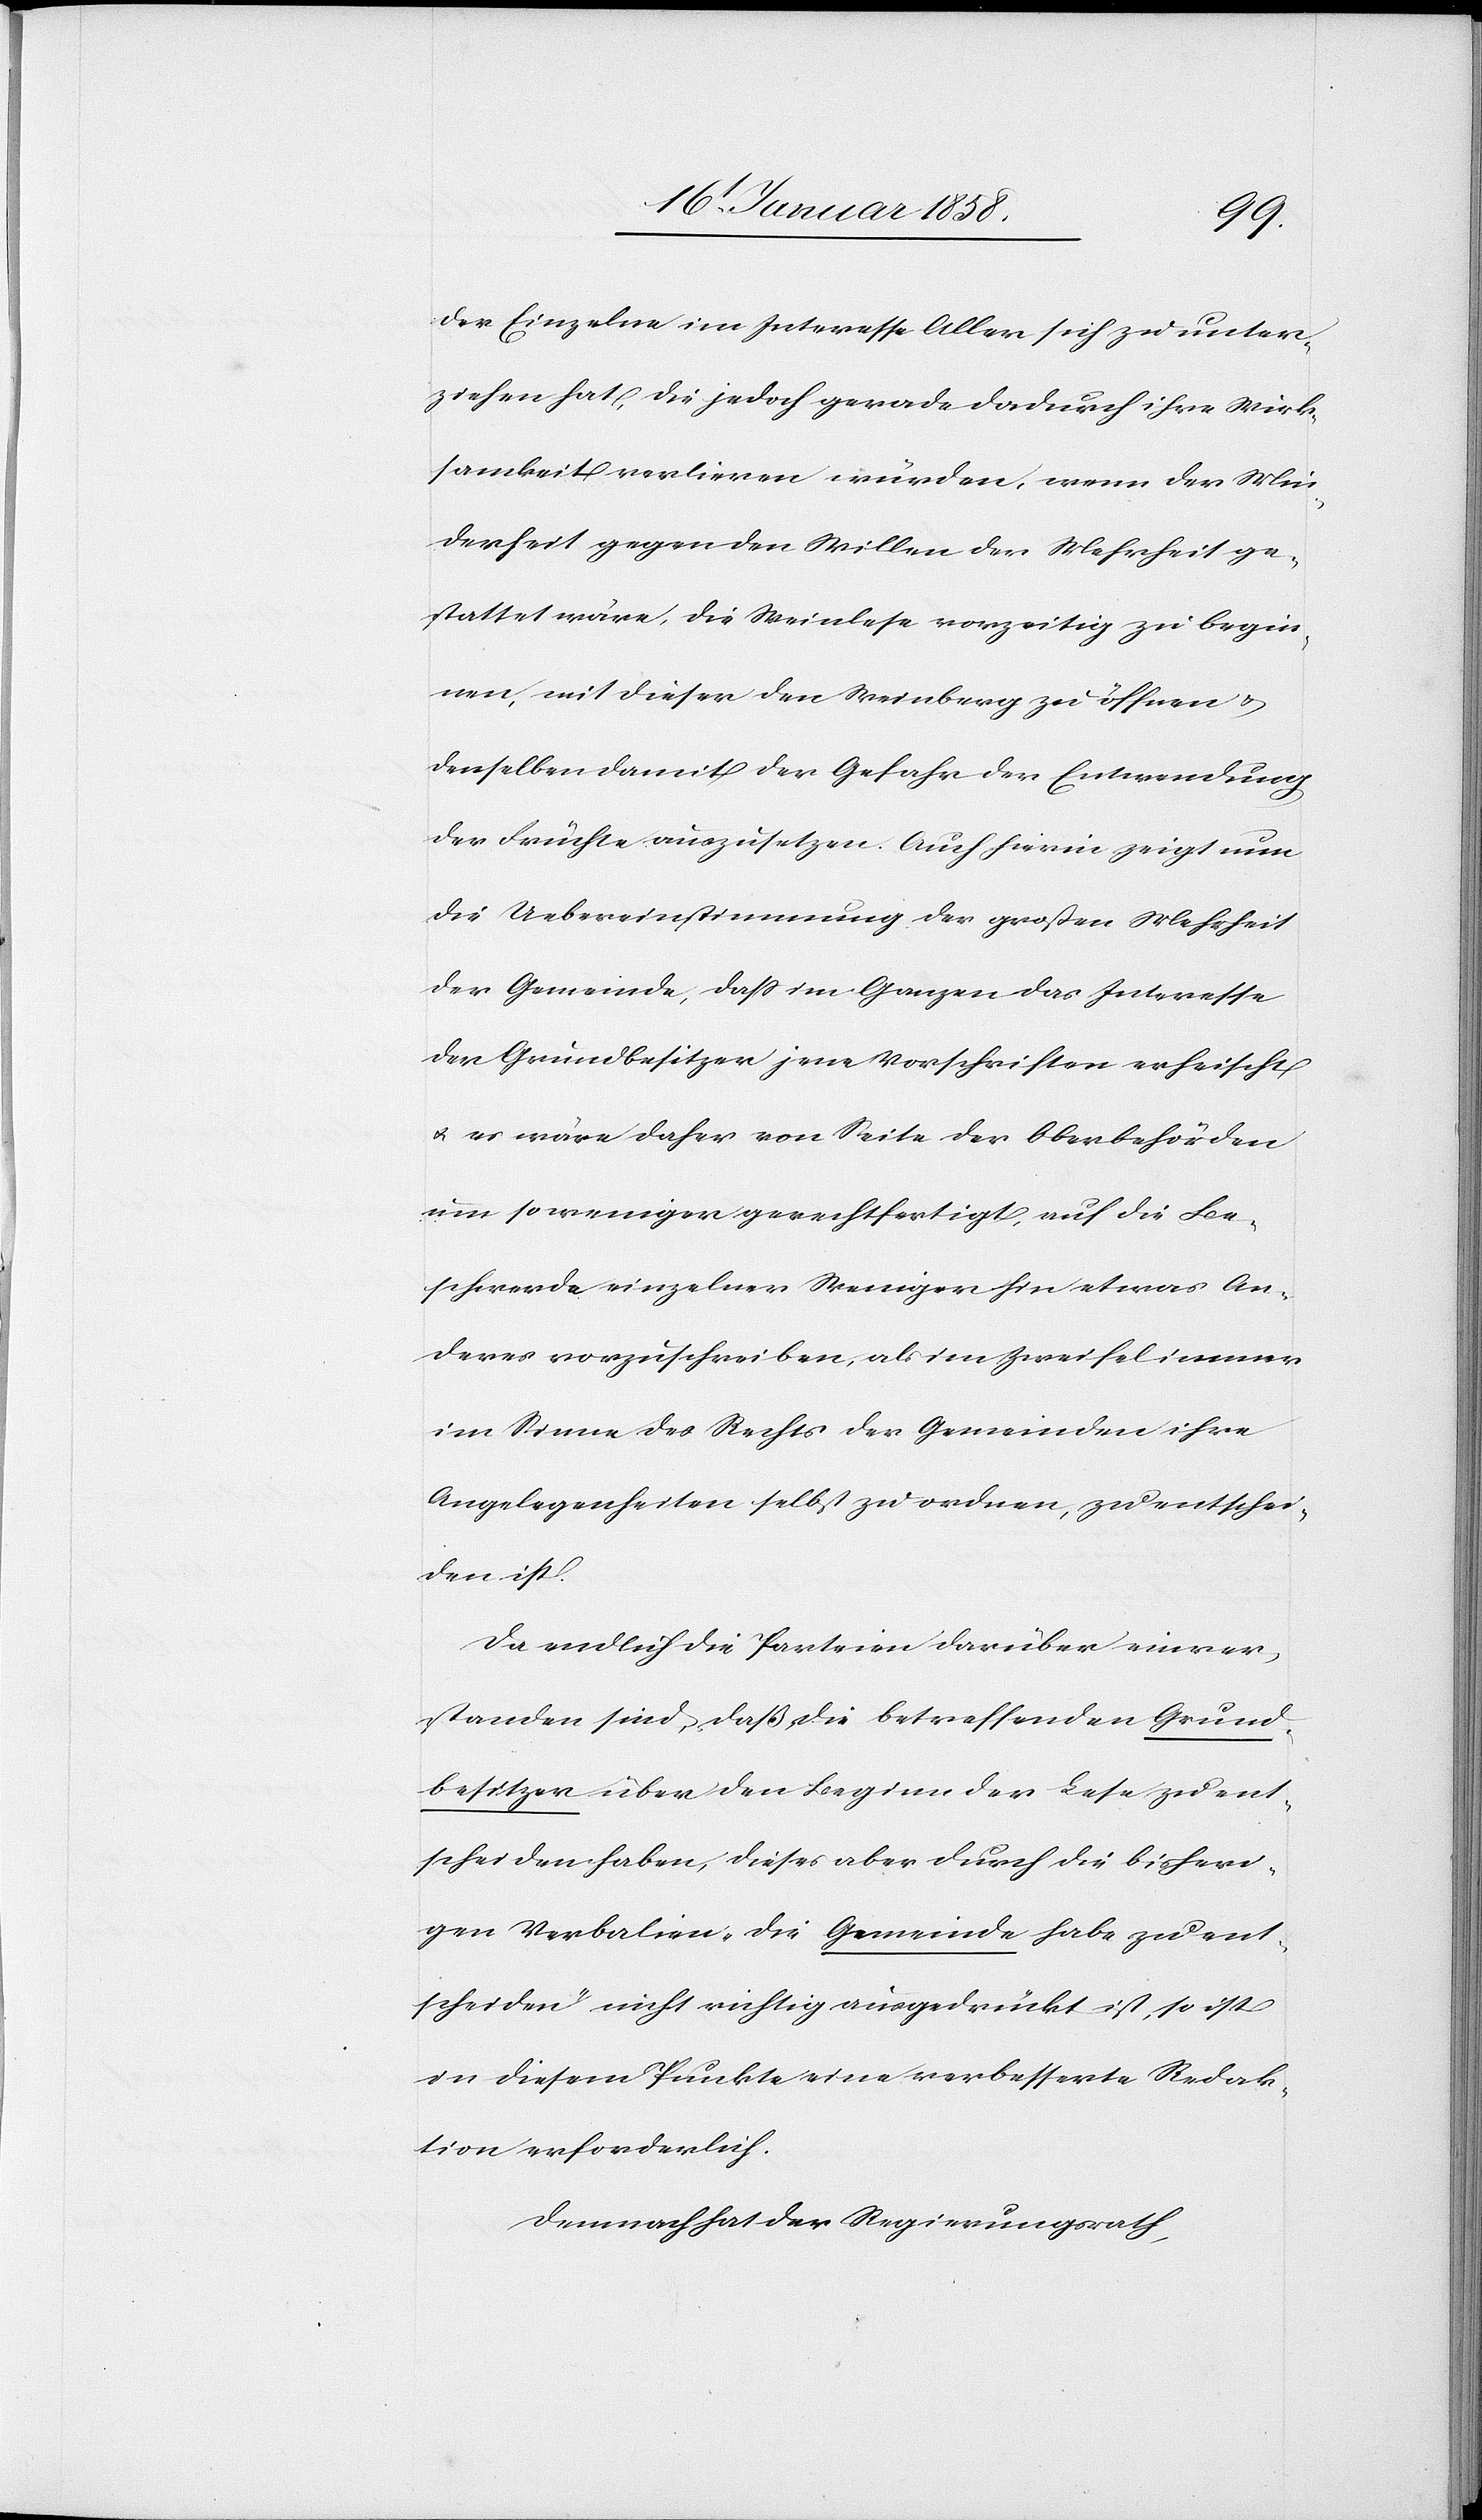
der Einzelne im Interesse Aller sich zu unter¬
ziehen hat, die jedoch gerade dadurch ihre Wirk¬
samkeit verlieren würden, wenn der Min¬
derheit gegen den Willen der Mehrheit ge¬
stattet wäre, die Weinlese vorzeitig zu begin¬
nen, mit dieser den Weinberg zu öffnen u.
denselben damit der Gefahr der Entwendung
der Früchte auszusetzen. Auch hierin zeigt nun
die Uebereinstimmung der großen Mehrheit
der Gemeinde, daß im Ganzen das Interesse
der Grundbesitzer jene Vorschriften erheischt
u. es wäre daher von Seite der Oberbehörden
um so weniger gerechtfertigt, auf die Be¬
schwerde einzelner Weniger hin etwas An¬
deres vorzuschreiben, als im Zweifel immer
im Sinne des Rechts der Gemeinden ihre
Angelegenheiten selbst zu ordnen, zu entschei¬
den ist.
Da endlich die Parteien darüber einver¬
standen sind, daß die betreffenden Grund¬
besitzer über den Beginn der Lese zu ent¬
scheiden haben, dieses aber durch die bisheri¬
gen Verbalien, „die Gemeinde habe zu ent¬
scheiden“ nicht richtig ausgedrückt ist, so ist
in diesem Punkte eine verbesserte Redak¬
tion erforderlich.
Demnach hat der Regierungsrath,